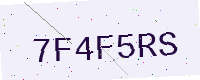
Text: 7F4F5RS